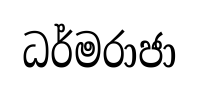
ධර්මරාජා